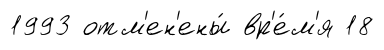
1993 отм'ен'ены́ вр'е́м'я 18